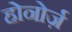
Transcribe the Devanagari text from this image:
होनोर्ज़